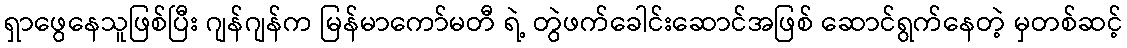
ရှာဖွေနေသူဖြစ်ပြီး ဂျန်ဂျန်က မြန်မာကော်မတီ ရဲ့ တွဲဖက်ခေါင်းဆောင်အဖြစ် ဆောင်ရွက်နေတဲ့ မှတစ်ဆင့်